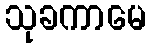
သုခကာမေ